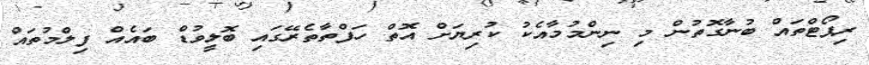
ރިޕޯޓްތައް ބުނާގޮތުން މި ނިންމުމާއެކު ކުރިޔަށް އޮތް ހަފްތާތެރޭގައި ބޮލީވުޑް ބައެއް ފިލްމުތައް